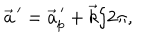
LaTeX: \vec { a } ^ { \, \prime } = \vec { a } _ { p } ^ { \, \prime } + \vec { k } / 2 \pi ,